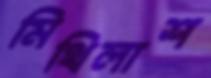
মিথিলাশ